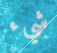
شيء